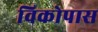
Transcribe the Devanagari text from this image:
विकोपास